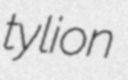
tylion